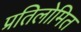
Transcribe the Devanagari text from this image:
प्रतिलोमित